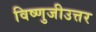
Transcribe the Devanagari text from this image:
विष्णुजीउत्तर